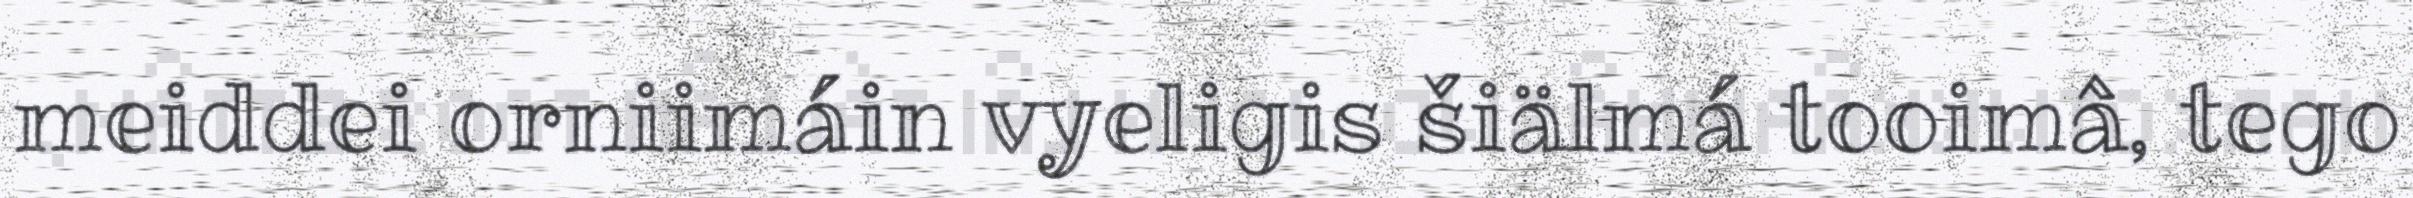
meiddei orniimáin vyeligis šiälmá tooimâ, tego